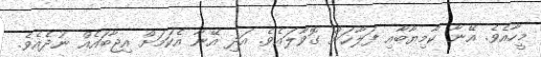
މީހާއެވެ. އޭނާ ކާމިިޔާބާއި ފަލާޙަށް ގޮވާލައެވެ. އަދި އޭނާ އެކަމަށް އިޖާބައެއް ނުދެއެވެ.